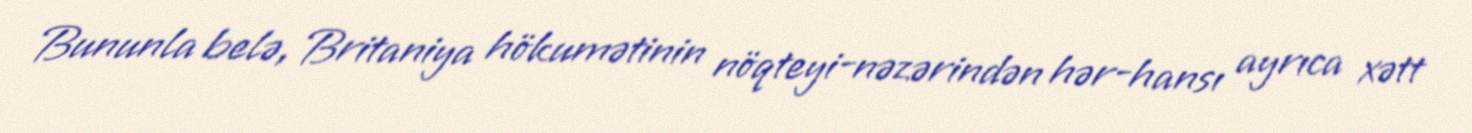
Bununla belə, Britaniya hökumətinin nöqteyi-nəzərindən hər-hansı ayrıca xətt